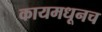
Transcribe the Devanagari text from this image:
कायमधूनच